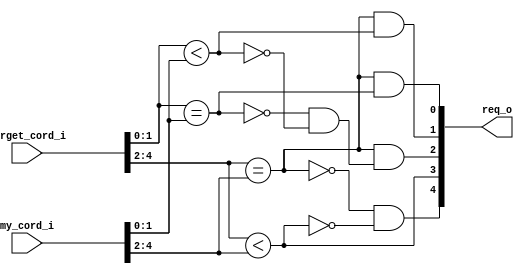
module bsg_wormhole_router_decoder_dor_2_2_1
(
  target_cord_i,
  my_cord_i,
  req_o
);

  input [4:0] target_cord_i;
  input [4:0] my_cord_i;
  output [4:0] req_o;
  wire [4:0] req_o;
  wire N0,N1,N2,N3;
  wire [1:0] eq;
  wire [0:0] lt,gt;
  assign eq[0] = target_cord_i[1:0] == my_cord_i[1:0];
  assign lt[0] = target_cord_i[1:0] < my_cord_i[1:0];
  assign eq[1] = target_cord_i[4:2] == my_cord_i[4:2];
  assign req_o[3] = target_cord_i[4:2] < my_cord_i[4:2];
  assign gt[0] = N0 & N1;
  assign N0 = ~eq[0];
  assign N1 = ~lt[0];
  assign req_o[4] = N2 & N3;
  assign N2 = ~eq[1];
  assign N3 = ~req_o[3];
  assign req_o[0] = eq[1] & eq[0];
  assign req_o[1] = eq[1] & lt[0];
  assign req_o[2] = eq[1] & gt[0];

endmodule